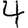
Digit: 4